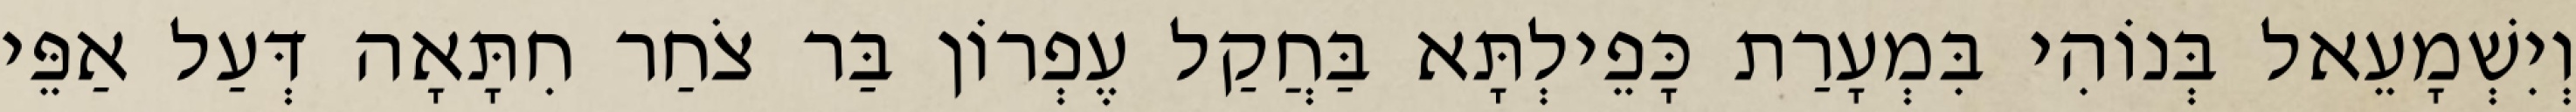
וְיִשְׁמָעֵאל בְּנוֹהִי בִּמְעָרַת כָּפֵילְתָּא בַּחֲקַל עֶפְרוֹן בַּר צֹחַר חִתָּאָה דְּעַל אַפֵּי